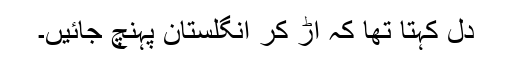
دل کہتا تھا کہ اُڑ کر انگلستان پہنچ جائیں۔